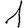
Digit: 1